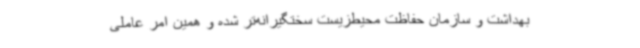
بهداشت و سازمان حفاظت محیط‌زیست سختگیرانه‌تر شده و همین امر عاملی